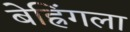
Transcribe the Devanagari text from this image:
बेह्रिंगला